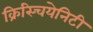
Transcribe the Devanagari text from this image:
क्रिस्चियेनिटी